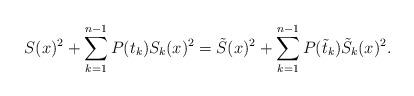
LaTeX: \begin{align*}S(x)^2+\sum_{k=1}^{n-1}P(t_k)S_k(x)^2=\tilde{S}(x)^2+\sum_{k=1}^{n-1}P(\tilde{t}_k)\tilde{S}_k(x)^2.\end{align*}